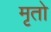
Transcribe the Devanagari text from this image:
मृतो